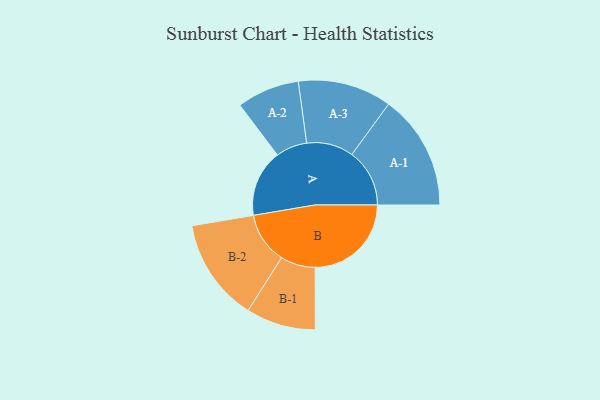
{"axis": {"x": "Segment", "y": "Value"}, "legend": ["", "A", "B"], "data": [{"x": "A", "y": 310, "type": ""}, {"x": "B", "y": 445, "type": ""}, {"x": "A-1", "y": 267, "type": "A"}, {"x": "A-2", "y": 145, "type": "A"}, {"x": "A-3", "y": 217, "type": "A"}, {"x": "B-1", "y": 161, "type": "B"}, {"x": "B-2", "y": 238, "type": "B"}]}